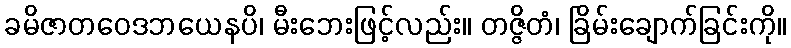
ခမိဇာတဝေဒဘယေနပိ၊ မီးဘေးဖြင့်လည်း။ တဇ္ဇိတံ၊ ခြိမ်းချောက်ခြင်းကို။